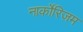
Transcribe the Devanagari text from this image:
नार्कोरिज़म